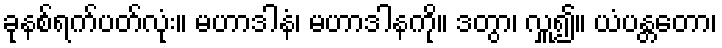
ခုနစ်ရက်ပတ်လုံး။ မဟာဒါနံ၊ မဟာဒါနကို။ ဒတွာ၊ လှူ၍။ ယံပန္တတော၊